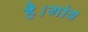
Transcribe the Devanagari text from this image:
है।गांव